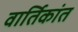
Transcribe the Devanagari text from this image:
वार्तिकांत